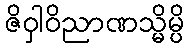
ဇိဝှါဝိညာဏသ္မိမ္ပိ